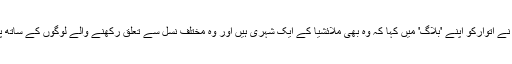
وی مینگ چی نے اتوارکو اپنے 'بلاگ' میں کہا کہ وہ بھی ملائشیا کے ایک شہری ہیں اور وہ مختلف نسل سے تعلق رکھنے والے لوگوں کے ساتھ پلے بڑھے ہیں۔